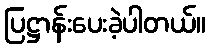
ပြဋ္ဌာန်းပေးခဲ့ပါတယ်။